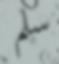
سلم